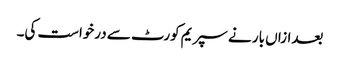
بعدازاں بار نے سپریم کورٹ سے درخواست کی۔